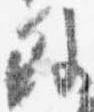
外